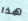
هذا